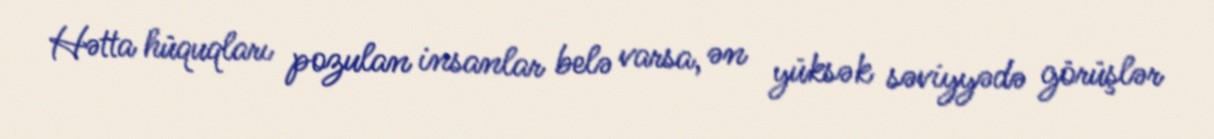
Hətta hüquqları pozulan insanlar belə varsa, ən yüksək səviyyədə görüşlər